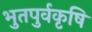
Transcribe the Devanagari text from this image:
भुतपुर्वकृषि